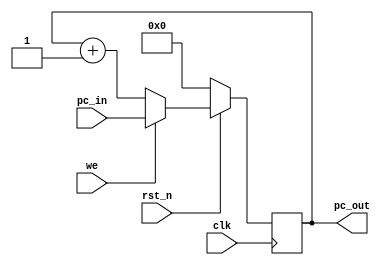
module pc(pc_in, pc_out, rst_n, clk, we);
	input rst_n, clk, we;
	input[3:0] pc_in;
	output[3:0] pc_out;
	reg[3:0] pc_out;

	always @(posedge clk) begin
		if (!rst_n) begin
			pc_out <= 0;
		end else begin
			if (we) begin
				pc_out <= pc_in;
			end else begin
				pc_out <= pc_out + 1;
			end
		end
	end
endmodule